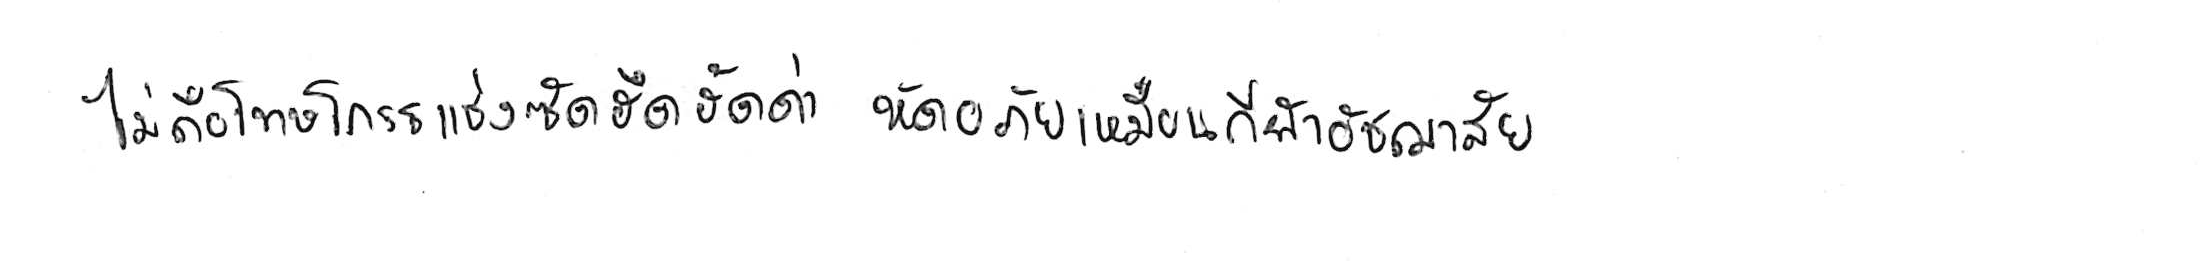
ไม่ถือโทษโกรธแช่งซัดฮึดฮัดด่า หัดอภัยเหมือนกีฬาอัชฌาสัย